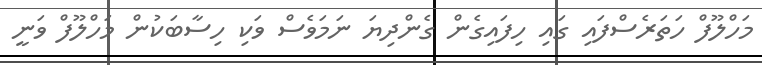
މަހްލޫފް ހަތަރެސްފައި ގައި ހިފައިގެން ގެންދިޔަ ނަމަވެސް ވަކި ހިސާބަކުން މަހްލޫފް ވަނީ